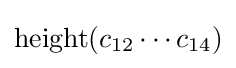
\operatorname {height} (c_{12}\cdots c_{14})